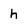
Character: h